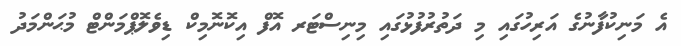
އެ މަނިކުފާނުގެ އަރިހުގައި މި ދަތުރުފުޅުގައި މިނިސްޓަރ އޮފް އިކޮނޮމިކް ޑިވެލޮޕްމަންޓް މުޙަންމަދު